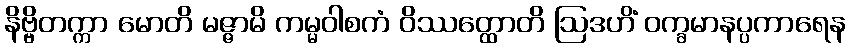
နိဗ္ဗိတက္ကာ မောတိ မဇ္ဇာမိ ကမ္မဝါစကံ ဝိဿတ္ထောတိ ဩဒဟိံ ဝက္ခမာနပ္ပကာရေန